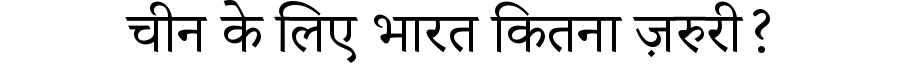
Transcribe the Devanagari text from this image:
चीन के लिए भारत कितना ज़रुरी?